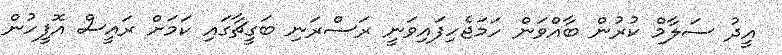
އީދު ސަލާމް ކުރުން ބާއްވަން ހަމަޖެހިފައިވަނީ ރަސްރަނި ބަގީޗާގައި ކަމަށް ރައީސް އޮފީހުން